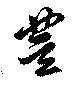
豊